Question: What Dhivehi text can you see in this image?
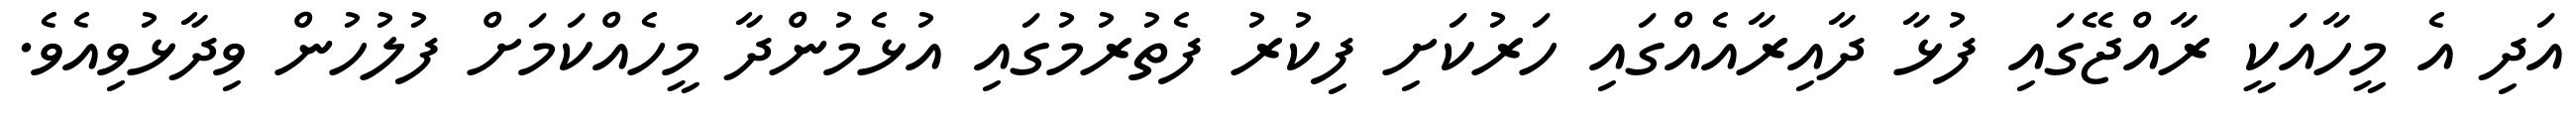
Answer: އަދި އެ މީހާއަކީ ރާއްޖޭގައި ފުޅާ ދާއިރާއެއްގައި ހަރުކަށި ފިކުރު ފެތުރުމުގައި އުޅެމުންދާ މީހެއްކަމަށް ފުލުހުން ވިދާޅުވިއެވެ.